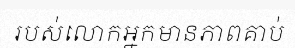
របស់លោកអ្នកមានភាពគាប់